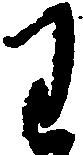
わ